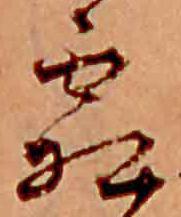
霜